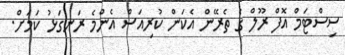
ސިސްޓަމް އޮފް ރޫލް ގެ ތެރޭން އެކަން ކުރިއަސް އެންމެ ރަނގަޅު ކަމަށް.